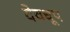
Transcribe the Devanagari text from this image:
देवधूप